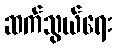
ဆက်သွယ်ရေး